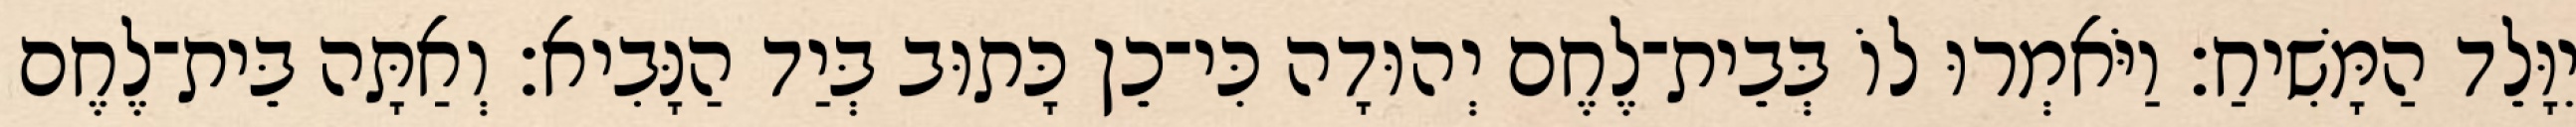
יִוָּלֵד הַמָּשִׁיחַ׃ וַיֹּאמְרוּ לוֹ בְּבֵית־לֶחֶם יְהוּדָה כִּי־כֵן כָּתוּב בְּיַד הַנָּבִיא׃ וְאַתָּה בֵּית־לֶחֶם